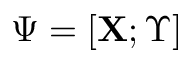
\boldsymbol { \Psi } = [ \mathbf { X } ; \boldsymbol { \Upsilon } ]